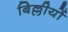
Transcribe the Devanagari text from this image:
बिल्लीयों